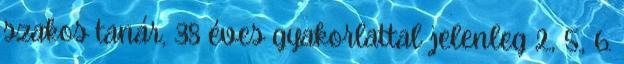
szakos tanár, 38 éves gyakorlattal jelenleg 2., 5., 6.